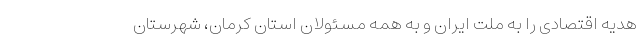
هدیه اقتصادی را به ملت ایران و به همه مسئولان استان کرمان، شهرستان